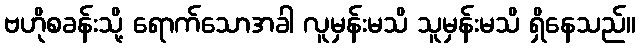
ဗဟိုစခန်းသို့ ရောက်သောအခါ လူမှန်းမသိ သူမှန်းမသိ ရှိနေသည်။